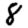
Digit: 8